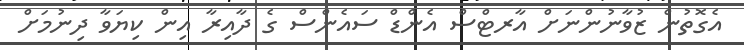
އެގޮތުން ޒުވާނުންނަށް އާރޓްސް އެންޑް ސައެންސް ގެ ދާއިރާ އިން ކިޔަވާ ދިނުމަށް